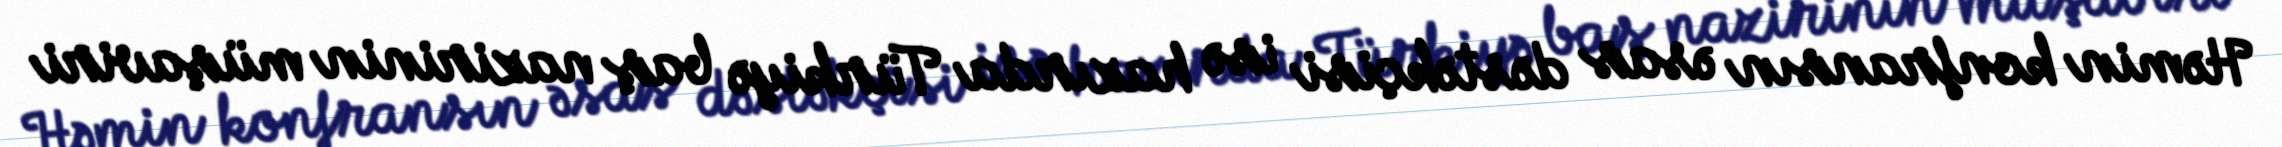
Həmin konfransın əsas dəstəkçisi isə hazırda Türkiyə baş nazirinin müşaviri